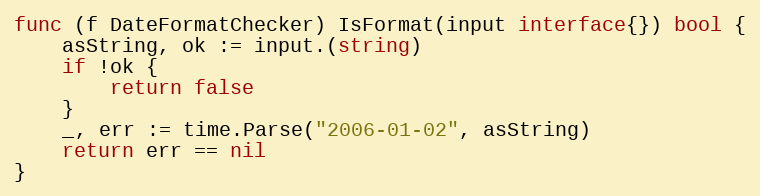
Language: Go
func (f DateFormatChecker) IsFormat(input interface{}) bool {
	asString, ok := input.(string)
	if !ok {
		return false
	}
	_, err := time.Parse("2006-01-02", asString)
	return err == nil
}